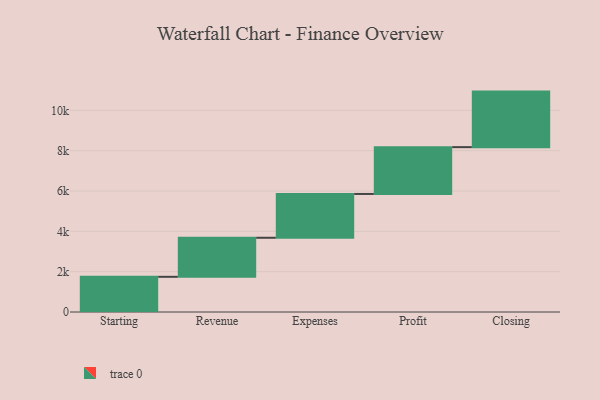
{"axis": {"x": "Step", "y": "Value"}, "legend": [""], "data": [{"x": "Starting", "y": 1745.0, "type": ""}, {"x": "Revenue", "y": 1936.0, "type": ""}, {"x": "Expenses", "y": 2172.0, "type": ""}, {"x": "Profit", "y": 2321.0, "type": ""}, {"x": "Closing", "y": 2754.0, "type": ""}]}